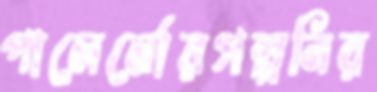
পালের্মোরগল্পনির